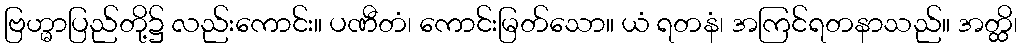
ဗြဟ္မာပြည်တို့၌ လည်းကောင်း။ ပဏီတံ၊ ကောင်းမြတ်သော။ ယံ ရတနံ၊ အကြင်ရတနာသည်။ အတ္ထိ၊